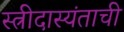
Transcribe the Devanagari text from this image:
स्त्रीदास्यंताची